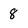
Character: 8